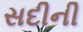
સદીની